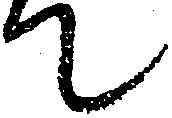
て